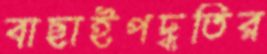
বাছাইপদ্ধতির